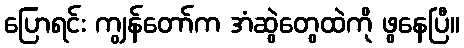
ပြောရင်း ကျွန်တော်က အံဆွဲတွေထဲကို ဖွနေပြီ။